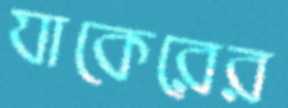
যাকেরের